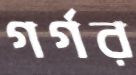
গর্গর